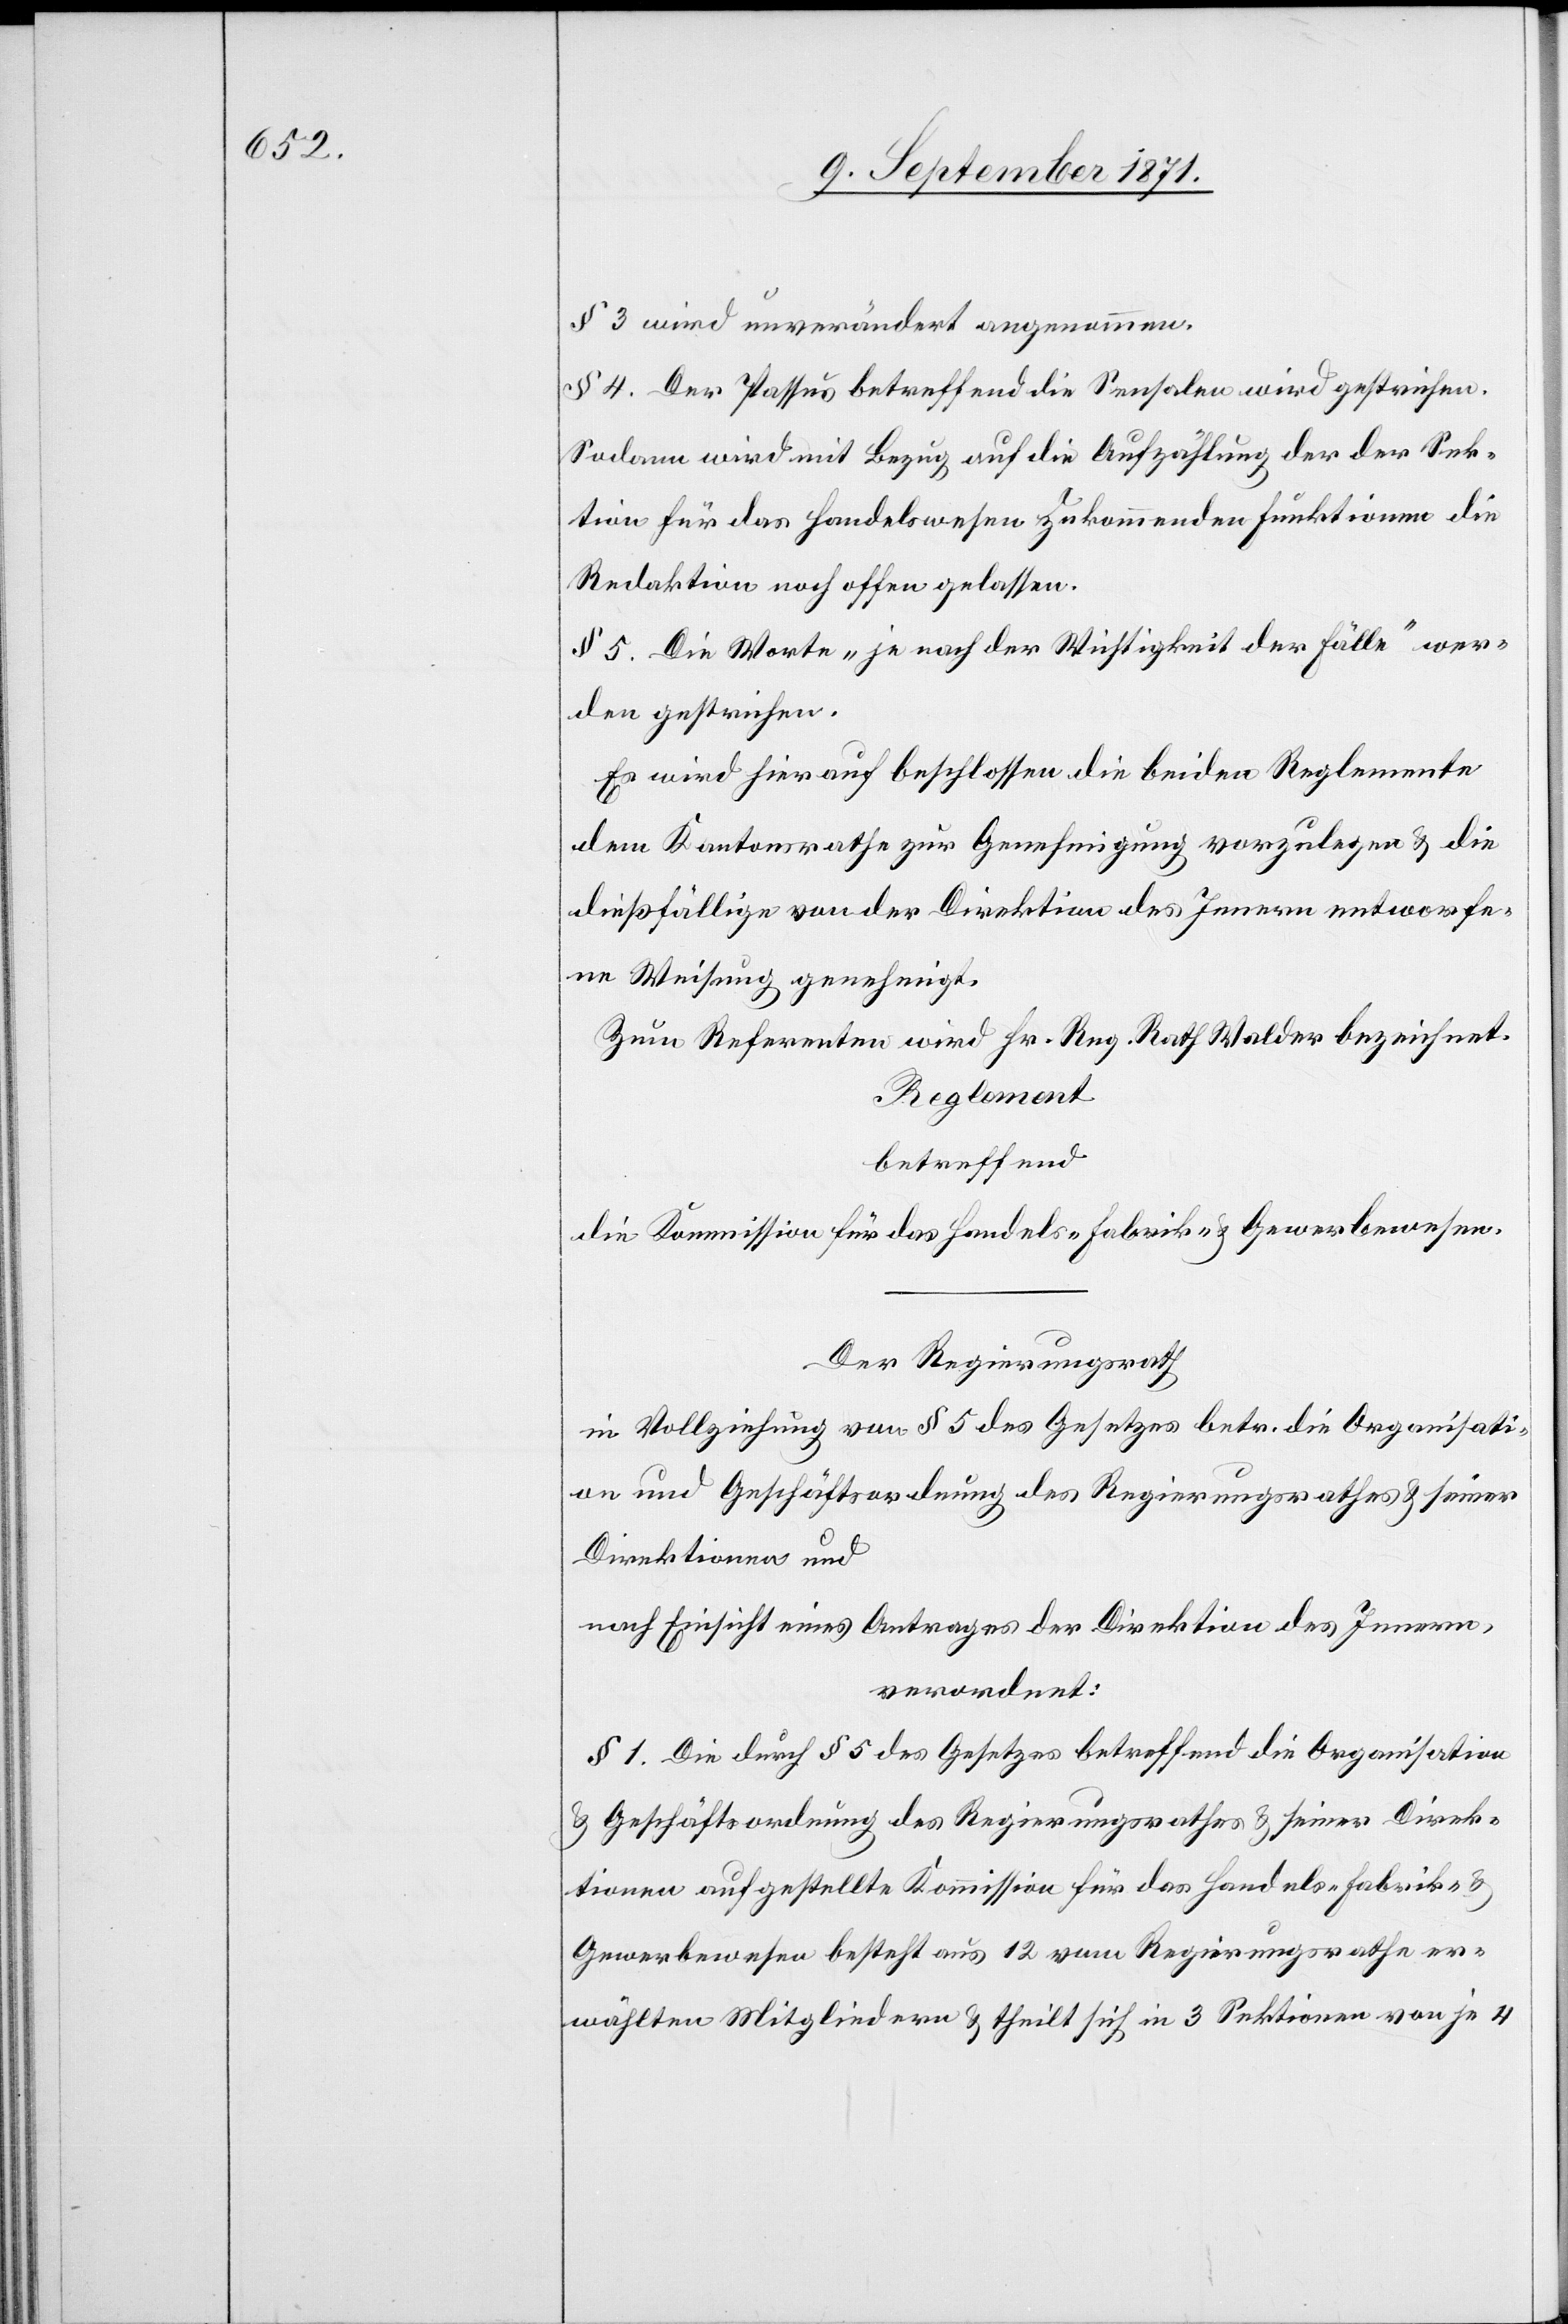
§ 3 wird unverändert angenommen.
§ 4. Der Passus betreffend die Sensalen wird gestrichen.
Sodann wird mit Bezug auf die Aufzählung der der Sek¬
tion für das Handelswesen zukommenden Funktionen die
Redaktion noch offen gelassen.
§ 5. Die Worte „je nach der Wichtigkeit der Fälle“ wer¬
den gestrichen.
Es wird hierauf beschlossen die beiden Reglemente
dem Kantonsrath zur Genehmigung vorzulegen & die
dießfällige von der Direktion des Innern entworfe¬
ne Weisung genehmigt.
Zum Referenten wird Hr. Reg. Rath Walder bezeichnet.
Reglement
betreffend
die Kommission für das Handels-[,] Fabrik- & Gewerbewesen.
Der Regierungsrath
in Vollziehung von § 5 des Gesetzes betr. die Organisati¬
on und Geschäftsordnung des Regierungsrathes & seiner
Direktionen und
nach Einsicht eines Antrages der Direktion des Innern,
verordnet:
§ 1. Die durch § 5 des Gesetzes betreffend die Organisation
& Geschäftsordnung des Regierungsrathes & seiner Direk¬
tionen aufgestellte Kommission für das Handels-[,] Fabrik- &
Gewerbewesen besteht aus 12 vom Regierungsrathe er¬
wählten Mitgliedern & theilt sich in 3 Sektionen von je 4